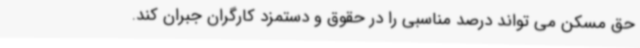
حق مسکن می تواند درصد مناسبی را در حقوق و دستمزد کارگران جبران کند.